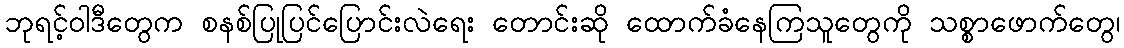
ဘုရင့်ဝါဒီတွေက စနစ်ပြုပြင်ပြောင်းလဲရေး တောင်းဆို ထောက်ခံနေကြသူတွေကို သစ္စာဖောက်တွေ၊